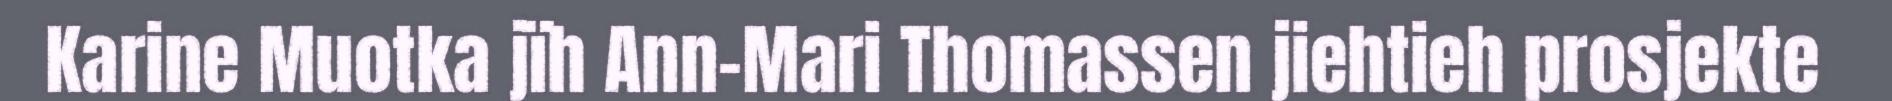
Karine Muotka jïh Ann-Mari Thomassen jiehtieh prosjekte